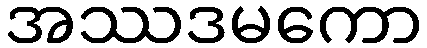
အဿဒမကော